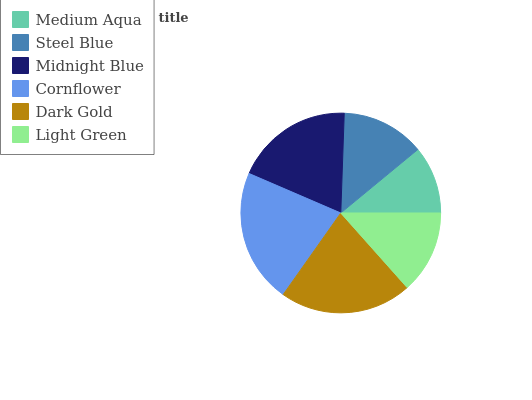
| Medium Aqua | Steel Blue | Midnight Blue | Cornflower | Dark Gold | Light Green |
 | --- | --- | --- | --- | --- | --- |
 | 11% | 13.5% | 19.1% | 21.7% | 21.3% | 13.4% |